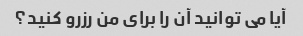
آیا می توانید آن را برای من رزرو کنید؟